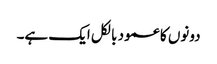
دونوں کا عمود بالکل ایک ہے۔